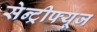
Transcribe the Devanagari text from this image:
सेन्ट्रीफ्यूज